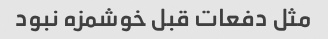
مثل دفعات قبل خوشمزه نبود